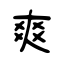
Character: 爽